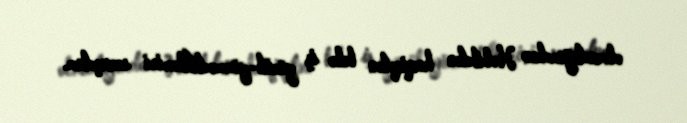
olmadığımdan Həbibdən həqiqətən belə iş görüb-görmədiklərini soruşdum.